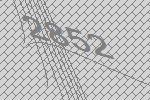
2852